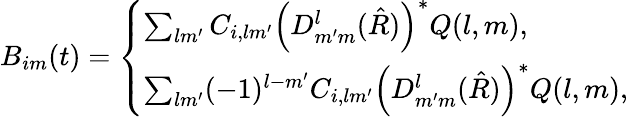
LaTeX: \begin{array}{r}{B_{im}(t)=\left\{ \begin{array}{ll}{\sum_{lm^{\prime}}C_{i,lm^{\prime}}\left(D_{m^{\prime}m}^{l}(\hat{R})\right)^{\ast}Q(l,m),}\\ {\sum_{lm^{\prime}}(-1)^{l-m^{\prime}}C_{i,lm^{\prime}}\left(D_{m^{\prime}m}^{l}(\hat{R})\right)^{\ast}Q(l,m),}\end{array}\right.}\end{array}